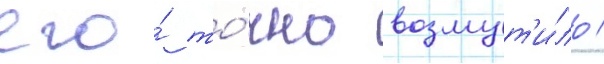
его́ то́чно возмут'и́ло /